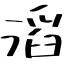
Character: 滔